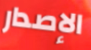
الإصدار